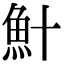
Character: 𫙏